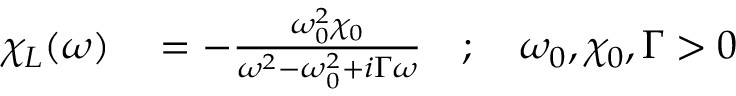
\begin{array} { r l } { \chi _ { L } ( \omega ) } & { { } = - \frac { \omega _ { 0 } ^ { 2 } \chi _ { 0 } } { \omega ^ { 2 } - \omega _ { 0 } ^ { 2 } + i \Gamma \omega } \quad ; \quad \omega _ { 0 } , \chi _ { 0 } , \Gamma > 0 } \end{array}